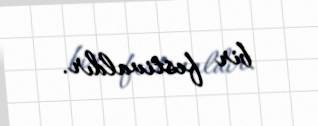
bir festivaldır.